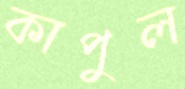
কাপুল